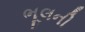
ભૂલની